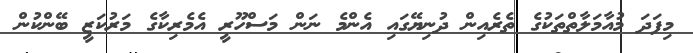
މިފަދަ މުއާމަލާތްތަކުގެ ތެރެއިން ދުނިޔޭގައި އެންމެ ނަން މަސްހޫރީ އެމެރިކާގެ މަރުކަޒީ ބޭންކުން